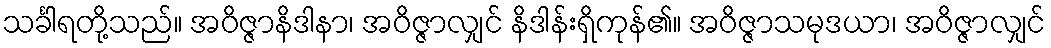
သင်္ခါရတို့သည်။ အဝိဇ္ဇာနိဒါနာ၊ အဝိဇ္ဇာလျှင် နိဒါန်းရှိကုန်၏။ အဝိဇ္ဇာသမုဒယာ၊ အဝိဇ္ဇာလျှင်